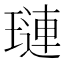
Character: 璉